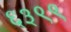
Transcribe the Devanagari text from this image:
६३९९